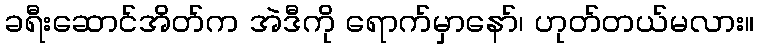
ခရီးဆောင်အိတ်က အဲဒီကို ရောက်မှာနော်၊ ဟုတ်တယ်မလား။